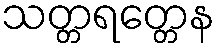
သတ္တရတ္တေန